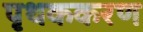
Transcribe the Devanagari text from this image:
पृथककरण